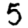
Digit: 5